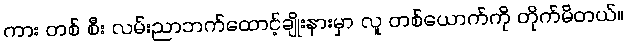
ကား တစ် စီး လမ်းညာဘက်ထောင့်ချိုးနားမှာ လူ တစ်ယောက်ကို တိုက်မိတယ်။